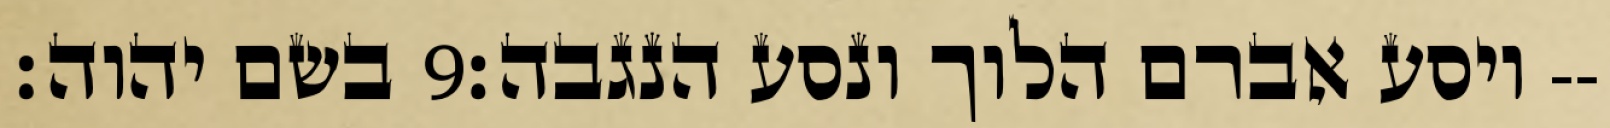
בשם יהוה׃ ‎9‏ ויסע אברם הלוך ונסע הנגבה׃--